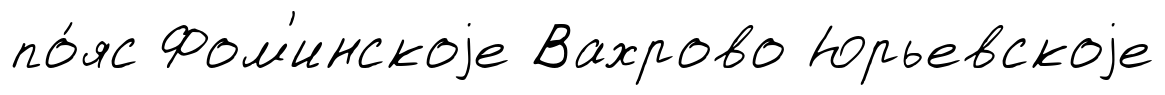
по́яс Фом'инскоjе Вахрово Юрьевскоjе